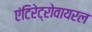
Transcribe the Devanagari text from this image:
एंटिरेट्रोवायरल